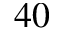
^ { 4 0 }